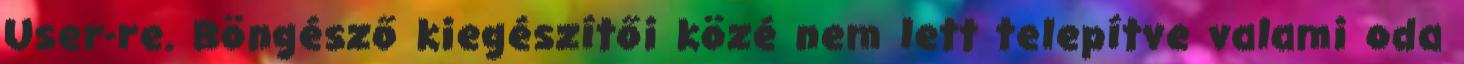
User-re. Böngésző kiegészítői közé nem lett telepítve valami oda